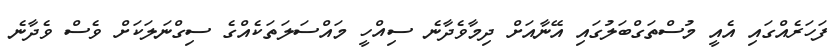
ފަހަރެއްގައި އެއީ މުސްތަގްބަލުގައި އޭނާއަށް ދިމާވެދާނެ ސިއްހީ މައްސަލަތަކެއްގެ ސިގްނަލަކަށް ވެސް ވެދާނެ